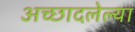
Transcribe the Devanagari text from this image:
अच्छादलेल्या